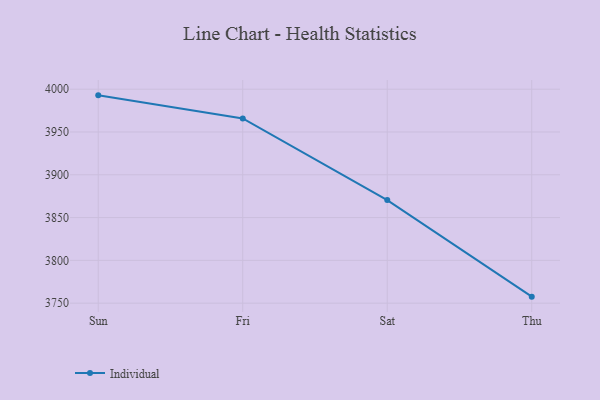
{"axis": {"x": "Day", "y": "Waste Production (Tons)"}, "legend": ["Individual"], "data": [{"x": "Sun", "y": 3992.8, "type": "Individual"}, {"x": "Fri", "y": 3965.8, "type": "Individual"}, {"x": "Sat", "y": 3870.4, "type": "Individual"}, {"x": "Thu", "y": 3757.6, "type": "Individual"}]}